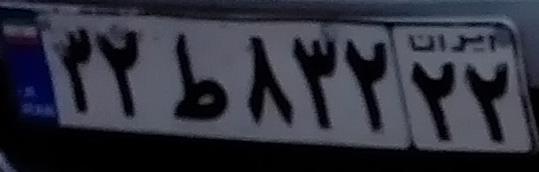
۳۲ط۸۳۲۲۲